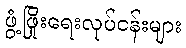
ဖွံ့ဖြိုးရေးလုပ်ငန်းများ